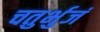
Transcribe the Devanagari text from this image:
चतुर्भुजं